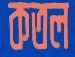
কতল